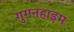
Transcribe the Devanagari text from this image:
गुगनहाइम